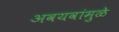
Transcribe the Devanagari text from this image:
अवयवांमुळे